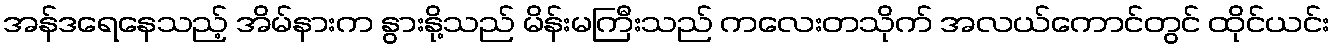
အန်ဒရေနေသည့် အိမ်နားက နွားနို့သည် မိန်းမကြီးသည် ကလေးတသိုက် အလယ်ကောင်တွင် ထိုင်ယင်း